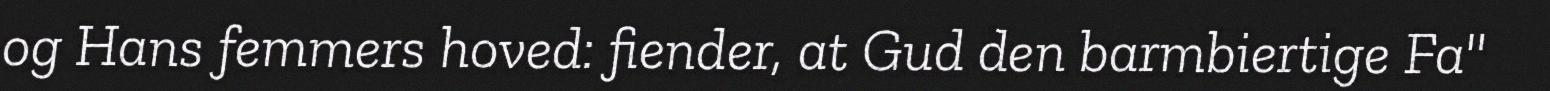
og Hans femmers hoved: fiender, at Gud den barmbiertige Fa"